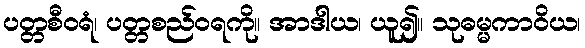
ပတ္တစီဝရံ၊ ပတ္တစည်ဝရကို။ အာဒါယ၊ ယူ၍။ သုဓမ္မကာဝိယ၊